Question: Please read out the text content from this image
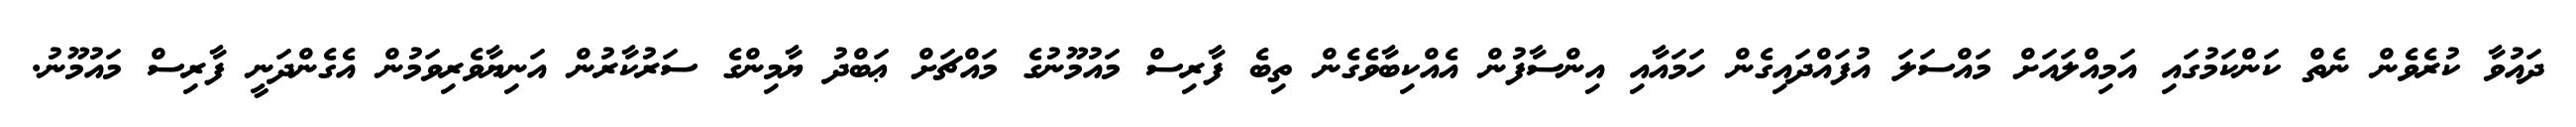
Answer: ދައުވާ ކުރެވެން ނެތް ކަންކަމުގައި އަމިއްލައަށް މައްސަލަ އުފައްދައިގެން ހަމައާއި އިންސާފުން އެއްކިބާވެގެން ތިބެ ފާރިސް މައުމޫނުގެ މައްޗަށް ޢަބްދު ޔާމިންގެ ސަރުކާރުން އަނިޔާވެރިވަމުން އެގެންދަނީ ފާރިސް މައުމޫނު.